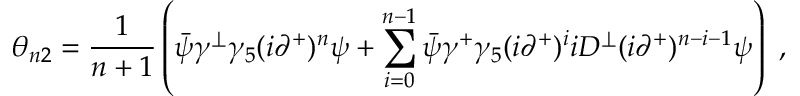
\theta _ { n 2 } = { \frac { 1 } { n + 1 } } \left( \bar { \psi } \gamma ^ { \perp } \gamma _ { 5 } ( i \partial ^ { + } ) ^ { n } \psi + \sum _ { i = 0 } ^ { n - 1 } \bar { \psi } \gamma ^ { + } \gamma _ { 5 } ( i \partial ^ { + } ) ^ { i } i D ^ { \perp } ( i \partial ^ { + } ) ^ { n - i - 1 } \psi \right) \ ,